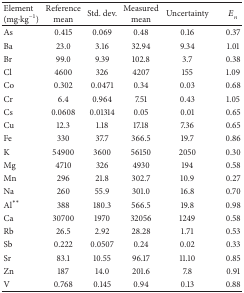
<table><thead><tr><td><b>Element (mg·kg<sup>−1</sup>)</b></td><td><b>Reference mean</b></td><td><b>Std. dev.</b></td><td><b>Measured mean</b></td><td><b>Uncertainty</b></td><td><b><i>E</i><sub><i>n</i></sub></b></td></tr></thead><tbody><tr><td>As</td><td>0.415</td><td>0.069</td><td>0.48</td><td>0.16</td><td>0.37</td></tr><tr><td>Ba</td><td>23.0</td><td>3.16</td><td>32.94</td><td>9.34</td><td>1.01</td></tr><tr><td>Br</td><td>99.0</td><td>9.39</td><td>102.8</td><td>3.7</td><td>0.38</td></tr><tr><td>Cl</td><td>4600</td><td>326</td><td>4207</td><td>155</td><td>1.09</td></tr><tr><td>Co</td><td>0.302</td><td>0.0471</td><td>0.34</td><td>0.03</td><td>0.68</td></tr><tr><td>Cr</td><td>6.4</td><td>0.964</td><td>7.51</td><td>0.43</td><td>1.05</td></tr><tr><td>Cs</td><td>0.0608</td><td>0.01314</td><td>0.05</td><td>0.01</td><td>0.65</td></tr><tr><td>Cu</td><td>12.3</td><td>1.18</td><td>17.18</td><td>7.36</td><td>0.65</td></tr><tr><td>Fe</td><td>330</td><td>37.7</td><td>366.5</td><td>19.7</td><td>0.86</td></tr><tr><td>K</td><td>54900</td><td>3600</td><td>56150</td><td>2050</td><td>0.30</td></tr><tr><td>Mg</td><td>4710</td><td>326</td><td>4930</td><td>194</td><td>0.58</td></tr><tr><td>Mn</td><td>296</td><td>21.8</td><td>302.7</td><td>10.9</td><td>0.27</td></tr><tr><td>Na</td><td>260</td><td>55.9</td><td>301.0</td><td>16.8</td><td>0.70</td></tr><tr><td>Al<sup><i>∗∗</i></sup></td><td>388</td><td>180.3</td><td>566.5</td><td>19.8</td><td>0.98</td></tr><tr><td>Ca</td><td>30700</td><td>1970</td><td>32056</td><td>1249</td><td>0.58</td></tr><tr><td>Rb</td><td>26.5</td><td>2.92</td><td>28.28</td><td>1.71</td><td>0.53</td></tr><tr><td>Sb</td><td>0.222</td><td>0.0507</td><td>0.24</td><td>0.02</td><td>0.33</td></tr><tr><td>Sr</td><td>83.1</td><td>10.55</td><td>96.17</td><td>11.10</td><td>0.85</td></tr><tr><td>Zn</td><td>187</td><td>14.0</td><td>201.6</td><td>7.8</td><td>0.91</td></tr><tr><td>V</td><td>0.768</td><td>0.145</td><td>0.94</td><td>0.13</td><td>0.88</td></tr></tbody></table>